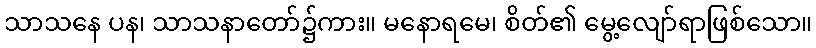
သာသနေ ပန၊ သာသနာတော်၌ကား။ မနောရမေ၊ စိတ်၏ မွေ့လျော်ရာဖြစ်သော။